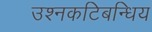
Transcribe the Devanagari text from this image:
उश्नकटिबन्धिय